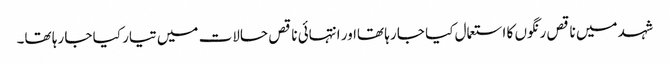
شہد میں ناقص رنگوں کا استعمال کیا جا رہا تھااور انتہائی ناقص حالات میں تیار کیا جا رہا تھا۔